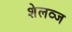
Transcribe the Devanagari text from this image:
शेलव्ज